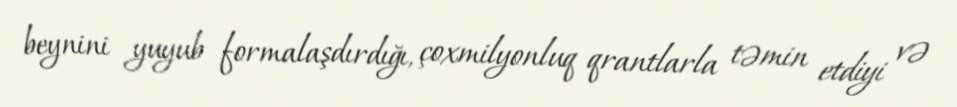
beynini yuyub formalaşdırdığı, çoxmilyonluq qrantlarla təmin etdiyi və